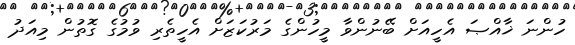
ހުންނަ ޚާއްޞަ އެހީއަށް ބޭނުންވާ މީހުންގެ މަރުކަޒަށް އެހީތެރި ވުމުގެ ގޮތުން މިއަދު